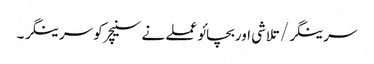
سرینگر/تلاشی اوربچائو عملے نے سنیچر کو سرینگر ۔